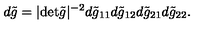
d \tilde { g } = | \mathrm { d e t } \tilde { g } | ^ { - 2 } d \tilde { g } _ { 1 1 } d \tilde { g } _ { 1 2 } d \tilde { g } _ { 2 1 } d \tilde { g } _ { 2 2 } .